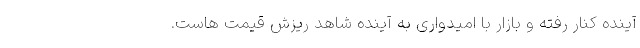
آینده کنار رفته و بازار با امیدواری به آینده شاهد ریزش قیمت هاست.